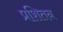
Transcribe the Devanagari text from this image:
प्रशितन